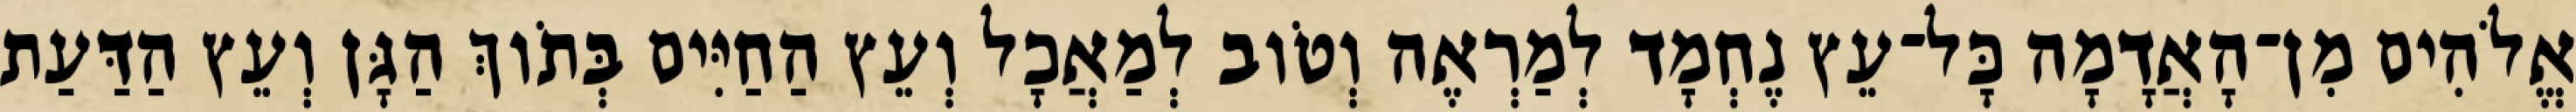
אֱלֹהִים מִן־הָאֲדָמָה כָּל־עֵץ נֶחְמָד לְמַרְאֶה וְטֹוב לְמַאֲכָל וְעֵץ הַחַיִּים בְּתֹוךְ הַגָּן וְעֵץ הַדַּעַת